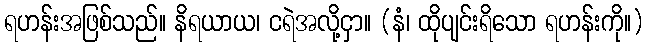
ရဟန်းအဖြစ်သည်။ နိရယာယ၊ ငရဲအလို့ငှာ။ (နံ၊ ထိုပျင်းရိသော ရဟန်းကို။)